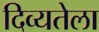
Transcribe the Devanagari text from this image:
दिव्यतेला